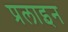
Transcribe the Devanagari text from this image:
प्रलाइन